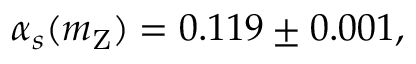
\alpha _ { s } ( m _ { \mathrm { Z } } ) = 0 . 1 1 9 \pm 0 . 0 0 1 ,